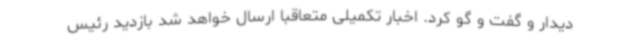
دیدار و گفت و گو کرد. اخبار تکمیلی متعاقبا ارسال خواهد شد بازدید رئیس